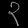
Digit: ၃